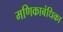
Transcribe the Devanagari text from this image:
मणिकाबंधिका